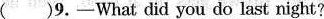
( )9.-What did you do last night?